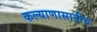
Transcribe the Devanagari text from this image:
कल्याणासाठीच